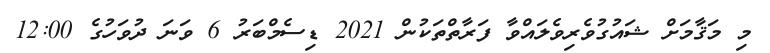
މި މަޤާމަށް ޝައުގުވެރިވެލައްވާ ފަރާތްތަކުން 2021 ޑިސެމްބަރު 6 ވަނަ ދުވަހުގެ 12:00